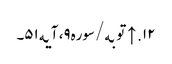
۱۲. ↑ توبه/سوره۹، آیه۵۱۔